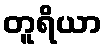
တူရိယာ